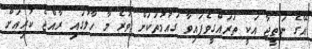
އޭގެ ނަތީޖާ އަކީ ތަރައްގީވެފައިވާ ގައުމުތަކަށް ވުރެ މާ ހާލުގައި ރާއްޖެ ކުރިއަށް